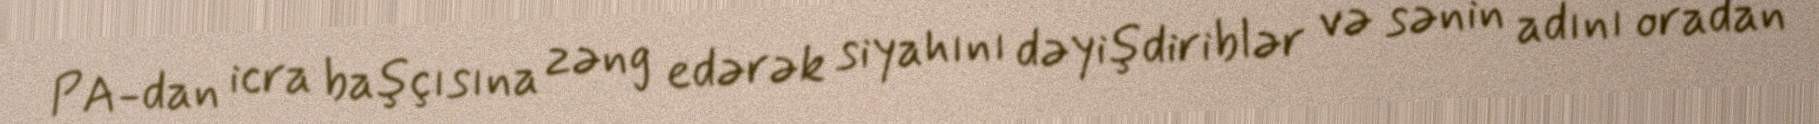
PA-dan icra başçısına zəng edərək siyahını dəyişdiriblər və sənin adını oradan